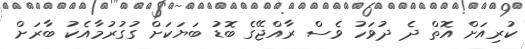
ކުރިއަށް އޮތް ދެ ދުވަހު ވެސް ރާއްޖޭގެ ބޮޑު ބަޔަކަށް ގުގުރުމާއެކު ބާރަށް